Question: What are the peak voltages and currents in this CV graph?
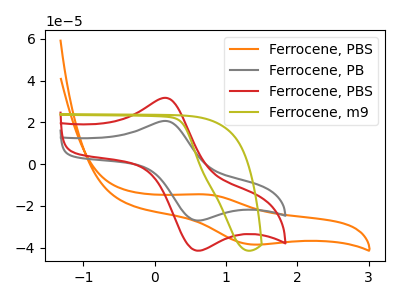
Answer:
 <answer>The orange curve "Ferrocene, PBS" has an anodic peak at (0.70V, -14.50uA) and a cathodic peak at (1.35V, -38.45uA). The gray curve "Ferrocene, PB" has an anodic peak at (0.15V, 20.70uA) and a cathodic peak at (0.55V, -26.85uA). The red curve "Ferrocene, PBS" has an anodic peak at (0.15V, 31.75uA) and a cathodic peak at (0.55V, -41.20uA). The olive curve "Ferrocene, m9" has no peaks.</answer>
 <eval></eval>